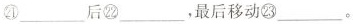
㉑___后㉒___，最后移动㉓___。